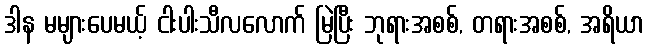
ဒါန မများပေမယ့် ငါးပါးသီလလောက် မြဲပြီး ဘုရားအစစ်, တရားအစစ်, အရိယာ